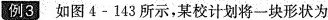
例3 如图4-143所示，某校计划将一块形状为